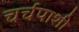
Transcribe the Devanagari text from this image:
चर्चपाशी